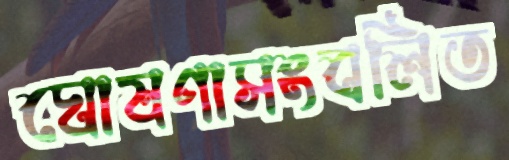
ঘোষণাসংবলিত